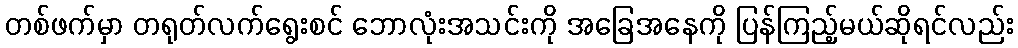
တစ်ဖက်မှာ တရုတ်လက်ရွေးစင် ဘောလုံးအသင်းကို အခြေအနေကို ပြန်ကြည့်မယ်ဆိုရင်လည်း